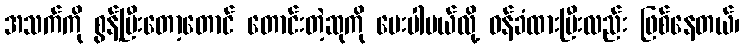
အသက်ကို စွန့်ပြီးတော့တောင် တောင်းတဲ့ဆုကို ပေးပါမယ်လို့ ဝန်ခံထားပြီးလည်း ဖြစ်နေတယ်၊